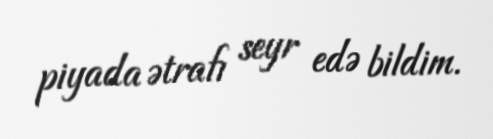
piyada ətrafı seyr edə bildim.